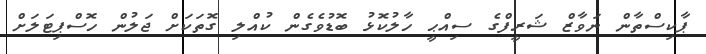
ޕާކިސްތާން ނަވާޒް ޝަރީފްގެ ސިއްޙީ ހާލުކޮޅު ބޮޑުވެގެން ކުއްލި ގޮތަކަށް ޖަލުން ހޮސްޕިޓަލަށް